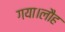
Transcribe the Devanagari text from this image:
गया।लौह